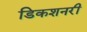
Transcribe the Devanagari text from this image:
डिकशनरी